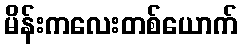
မိန်းကလေးတစ်ယောက်